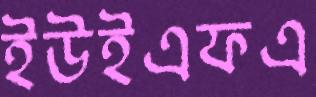
ইউইএফএ